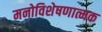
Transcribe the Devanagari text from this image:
मनोविशेषणात्मक